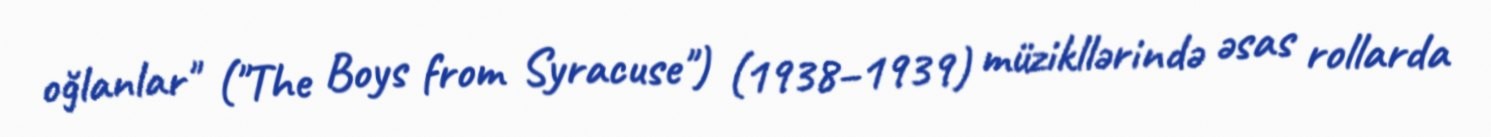
oğlanlar" ("The Boys from Syracuse") (1938–1939) müzikllərində əsas rollarda